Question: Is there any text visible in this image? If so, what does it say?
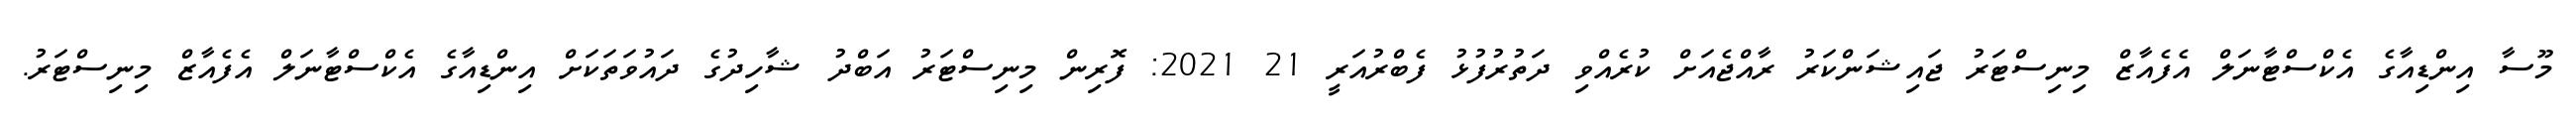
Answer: މޫސާ އިންޑިއާގެ އެކްސްޓާނަލް އެފެއާޒް މިނިސްޓަރު ޖައިޝަންކަރު ރާއްޖެއަށް ކުރެއްވި ދަތުރުފުޅު ފެބްރުއަރީ 21 2021: ފޮރިން މިނިސްޓަރު އަބްދު ޝާހިދުގެ ދައުވަތަކަށް އިންޑިއާގެ އެކްސްޓާނަލް އެފެއާޒް މިނިސްޓަރު.